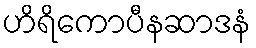
ဟိရိကောပီနဆာဒနံ